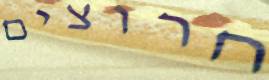
חרוצים